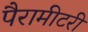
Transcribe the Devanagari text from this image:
पैरामीटरी